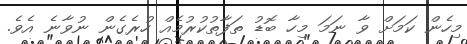
މިހެން ކަމަށް ވާ ނަމަ މިހާ ބޮޑު ތަފާތުކުރުމެއް ހުރެގެން ނުވާނެ އެވެ.